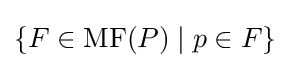
\{F\in {\textrm {MF}}(P)\mid p\in F\}